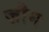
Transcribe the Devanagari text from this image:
ज़ौम